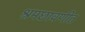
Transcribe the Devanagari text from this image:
श्रमछावणीत